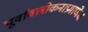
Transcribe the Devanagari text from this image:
पूर्वावलोकनाप्रमाणेच